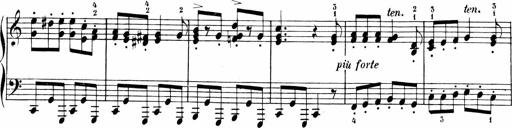
Title: Sonatinen Op.47, 98 und 136, nebst 6 Liedersonatinen
Composer: Carl Reinecke